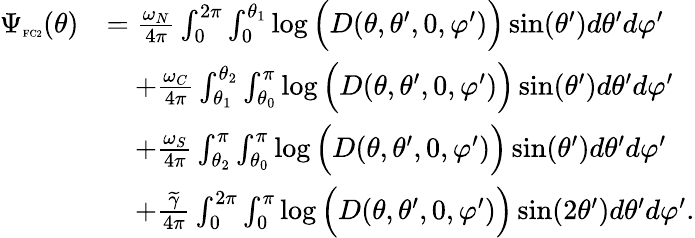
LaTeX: \begin{array}{rl}{\Psi_{\textnormal{\tiny{FC2}}}(\theta)}&{=\frac{\omega_{N}}{4\pi}\int_{0}^{2\pi}\int_{0}^{\theta_{1}}\log\Big(D(\theta,\theta^{\prime},0,\varphi^{\prime})\Big)\sin(\theta^{\prime})d\theta^{\prime}d\varphi^{\prime}}\\ &{\quad+\frac{\omega_{C}}{4\pi}\int_{\theta_{1}}^{\theta_{2}}\int_{\theta_{0}}^{\pi}\log\Big(D(\theta,\theta^{\prime},0,\varphi^{\prime})\Big)\sin(\theta^{\prime})d\theta^{\prime}d\varphi^{\prime}}\\ &{\quad+\frac{\omega_{S}}{4\pi}\int_{\theta_{2}}^{\pi}\int_{\theta_{0}}^{\pi}\log\Big(D(\theta,\theta^{\prime},0,\varphi^{\prime})\Big)\sin(\theta^{\prime})d\theta^{\prime}d\varphi^{\prime}}\\ &{\quad+\frac{\widetilde{\gamma}}{4\pi}\int_{0}^{2\pi}\int_{0}^{\pi}\log\Big(D(\theta,\theta^{\prime},0,\varphi^{\prime})\Big)\sin(2\theta^{\prime})d\theta^{\prime}d\varphi^{\prime}.}\end{array}